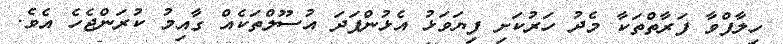
ހިލާފްވާ ފަރާތްތަކާ މެދު ހަރުކަށި ފިޔަވަޅު އެޅުންފަދަ އުސޫލްތަކެއް ގާއިމު ކުރަންޖެހެ އެވެ.